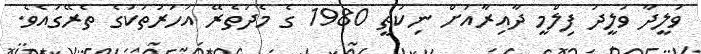
ވަލީދާ ވަލީދު ފިލްމީ ދާއިރާއަށް ނިކުތީ 1980 ގެ މެދުތެރޭ އަހަރުތަކުގެ ތެރޭގައެވެ.